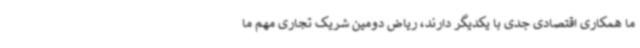
ما همکاری اقتصادی جدی با یکدیگر دارند، ریاض دومین شریک تجاری مهم ما